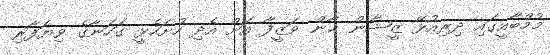
މުމްބާއީގައި ދިރިއުޅޭ ޒީޝާން ޚާން ވަޒީފާ އަށް އެދި ހުށަހެޅީ ގަހަނާގެ ވިޔަފާރި